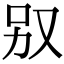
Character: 𠬱